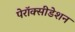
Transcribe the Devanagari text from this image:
पेरॉक्सीडेशन